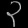
Digit: ၃